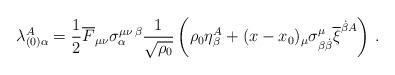
LaTeX: \begin{align*}\lambda_{(0) \alpha}^A = \frac{1}{2} {\overline F}_{\mu\nu} \sigma_\alpha^{\mu\nu\,\beta} \frac{1}{\sqrt{\rho_0}} \left( \rho_0\eta_\beta^A + (x-x_0)_\mu \sigma^\mu_{\beta{\dot\beta}}{\overline \xi}^{\dot \beta A} \right) \, .\end{align*}